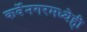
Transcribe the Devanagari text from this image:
कर्वेनगरमध्येही